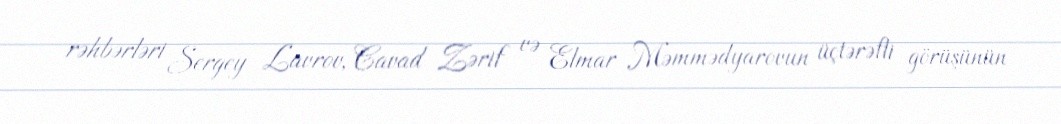
rəhbərləri Sergey Lavrov, Cavad Zərif və Elmar Məmmədyarovun üçtərəfli görüşünün